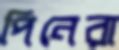
পিনেরা